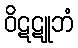
ဝိဋဋူဘံ